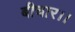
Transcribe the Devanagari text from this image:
बीचार।।